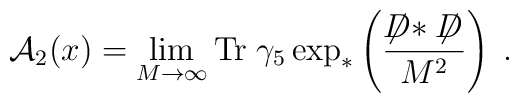
{\cal A}_2(x) = \lim_{M \to \infty}{\rm Tr}\;  \gamma_5\exp_*\left(\frac{\not \!\!D * \not \!\!D}{M^2}\right)\; .